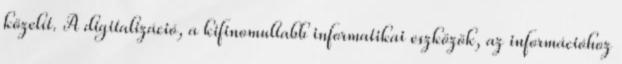
közelít. A digitalizáció, a kifinomultabb informatikai eszközök, az információhoz